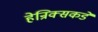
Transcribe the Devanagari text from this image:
हेन्रिक्सकडे